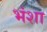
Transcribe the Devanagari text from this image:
भंशा